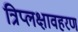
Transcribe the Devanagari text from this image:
त्रिप्लक्षावहरण